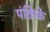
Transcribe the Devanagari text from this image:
पंक्तिके